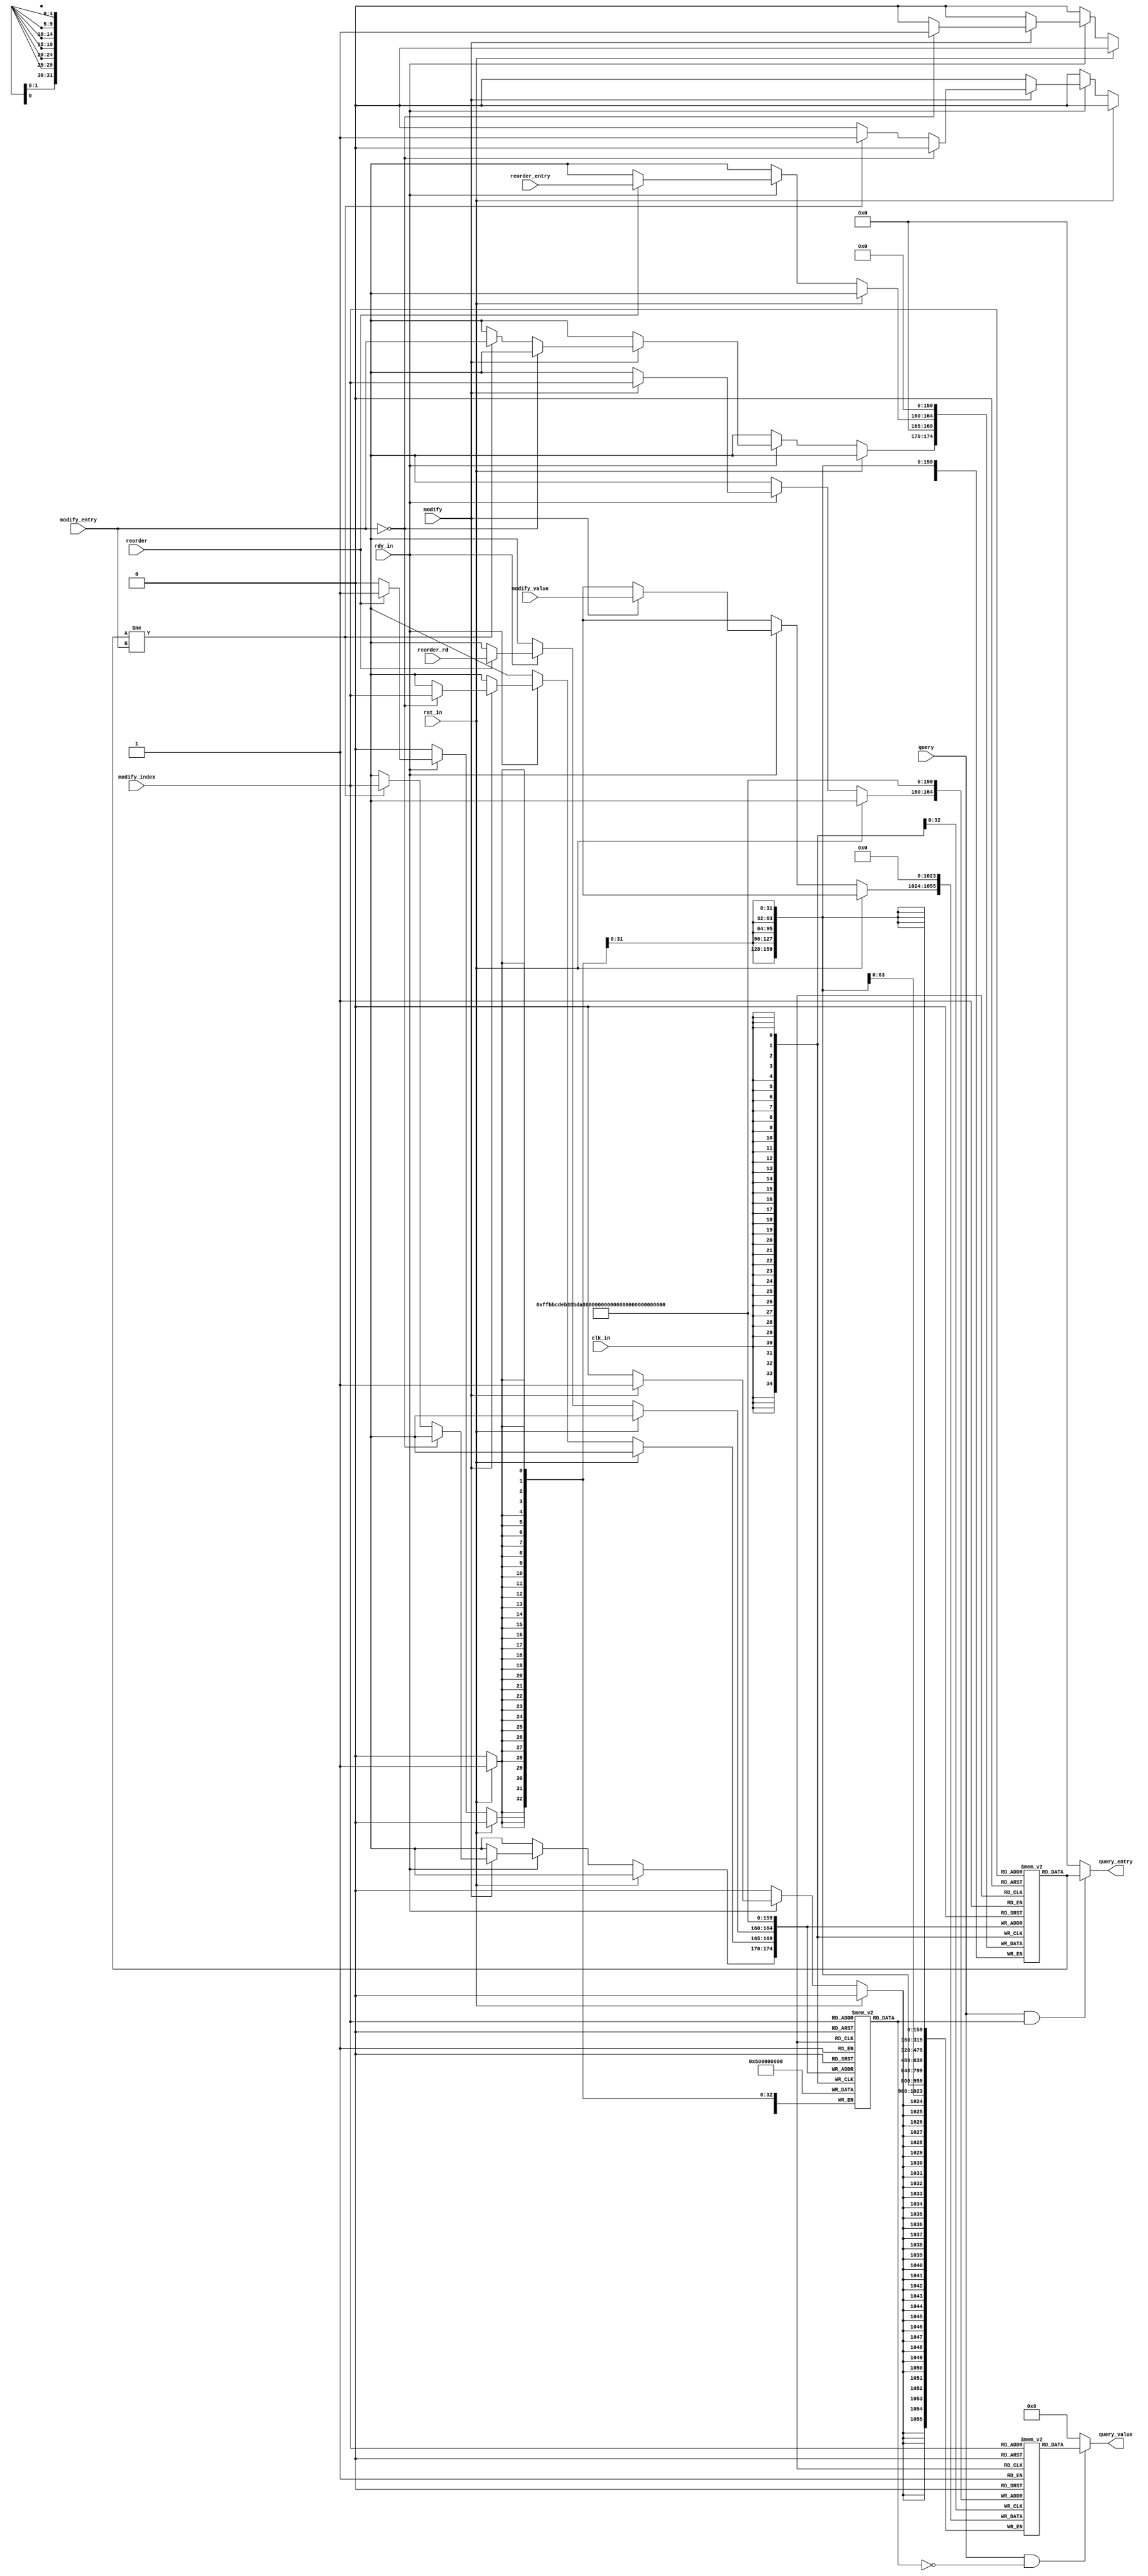
module regfile #(
    parameter REG_SIZE = 32
)(
    input   wire        clk_in,
    input   wire        rst_in,
    input   wire        rdy_in,

    input   wire        query,

    input   wire        reorder,
    input   wire [ 4:0] reorder_entry,
    input   wire [ 4:0] reorder_rd,

    input   wire        modify, 
    input   wire [ 4:0] modify_entry,
    input   wire [ 4:0] modify_index,
    input   wire [31:0] modify_value, 
    
    output  wire [ 4:0] query_entry,
    output  wire [31:0] query_value   

);

reg [31:0] register[REG_SIZE-1:0];  //store the information of reg
reg [4:0] reg_entry[REG_SIZE-1:0];
reg busy[REG_SIZE-1:0];

assign query_entry = (query && busy[modify_index]) ? reg_entry[modify_index] : 0;
assign query_value = (query && !busy[modify_index]) ? register[modify_index] : 0;


integer i;
always @(posedge clk_in) begin
    if (rst_in) begin
        for (i=0;i<REG_SIZE;i=i+1) begin
            register[i]<=0;
            reg_entry[i]<=0;
            busy[i] <= 0;
        end
    end
    else if (!rdy_in) begin
        
    end
    else begin
        //query_entry <= (query && busy[modify_index]) ? reg_entry[modify_index] : 0;
        //query_value <= (query && !busy[modify_index]) ? register[modify_index] : 0;
        if (reorder) begin
            reg_entry[reorder_rd] <= reorder_entry;
            busy[reorder_rd] <= 1'b1;
        end
        if (modify) begin
            register[modify_index] <= modify_value;
            if (modify_entry == 1'b0) begin
                reg_entry[modify_index] <= 5'b0;
                busy[modify_index] <= 1'b0;
            end
            else if (reg_entry[modify_index] != modify_entry) begin
                reg_entry[modify_index] <= modify_entry;
                busy[modify_index] <= 1'b1;
            end
        end 
    end
end
    
endmodule